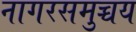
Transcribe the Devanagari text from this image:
नागरसमुच्चय